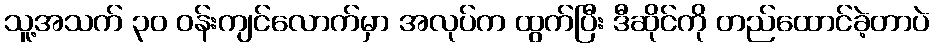
သူ့အသက် ၃၀ ဝန်းကျင်လောက်မှာ အလုပ်က ထွက်ပြီး ဒီဆိုင်ကို တည်ထောင်ခဲ့တာပဲ